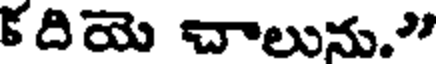
కదియె చాలును."